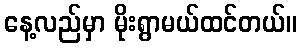
နေ့လည်မှာ မိုးရွာမယ်ထင်တယ်။